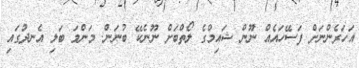
އަހަރެންނަށް ފަސޭހައެއް ނޫން ޝައިމްގެ ލޯތްބަށް ނޫނެކޭ ބުނަން. މަންމަ ބަލި އެނދުގައި